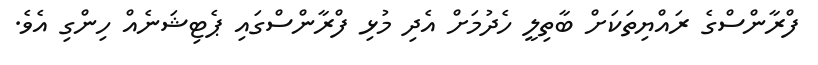
ފްރާންސްގެ ރައްޔިތަކަށް ބާތިލީ ހެދުމަށް އެދި މުޅި ފްރާންސްގައި ޕެޓިޝަނެއް ހިންގި އެވެ.